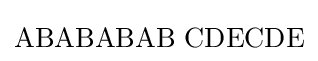
\mathrm {ABABABAB\,\,CDECDE}